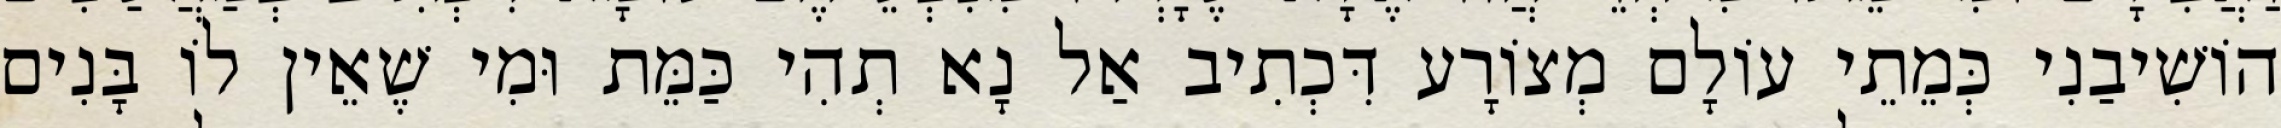
הוֹשִׁיבַנִי כְּמֵתֵי עוֹלָם מְצוֹרָע דִּכְתִיב אַל נָא תְהִי כַּמֵּת וּמִי שֶׁאֵין לוֹ בָּנִים